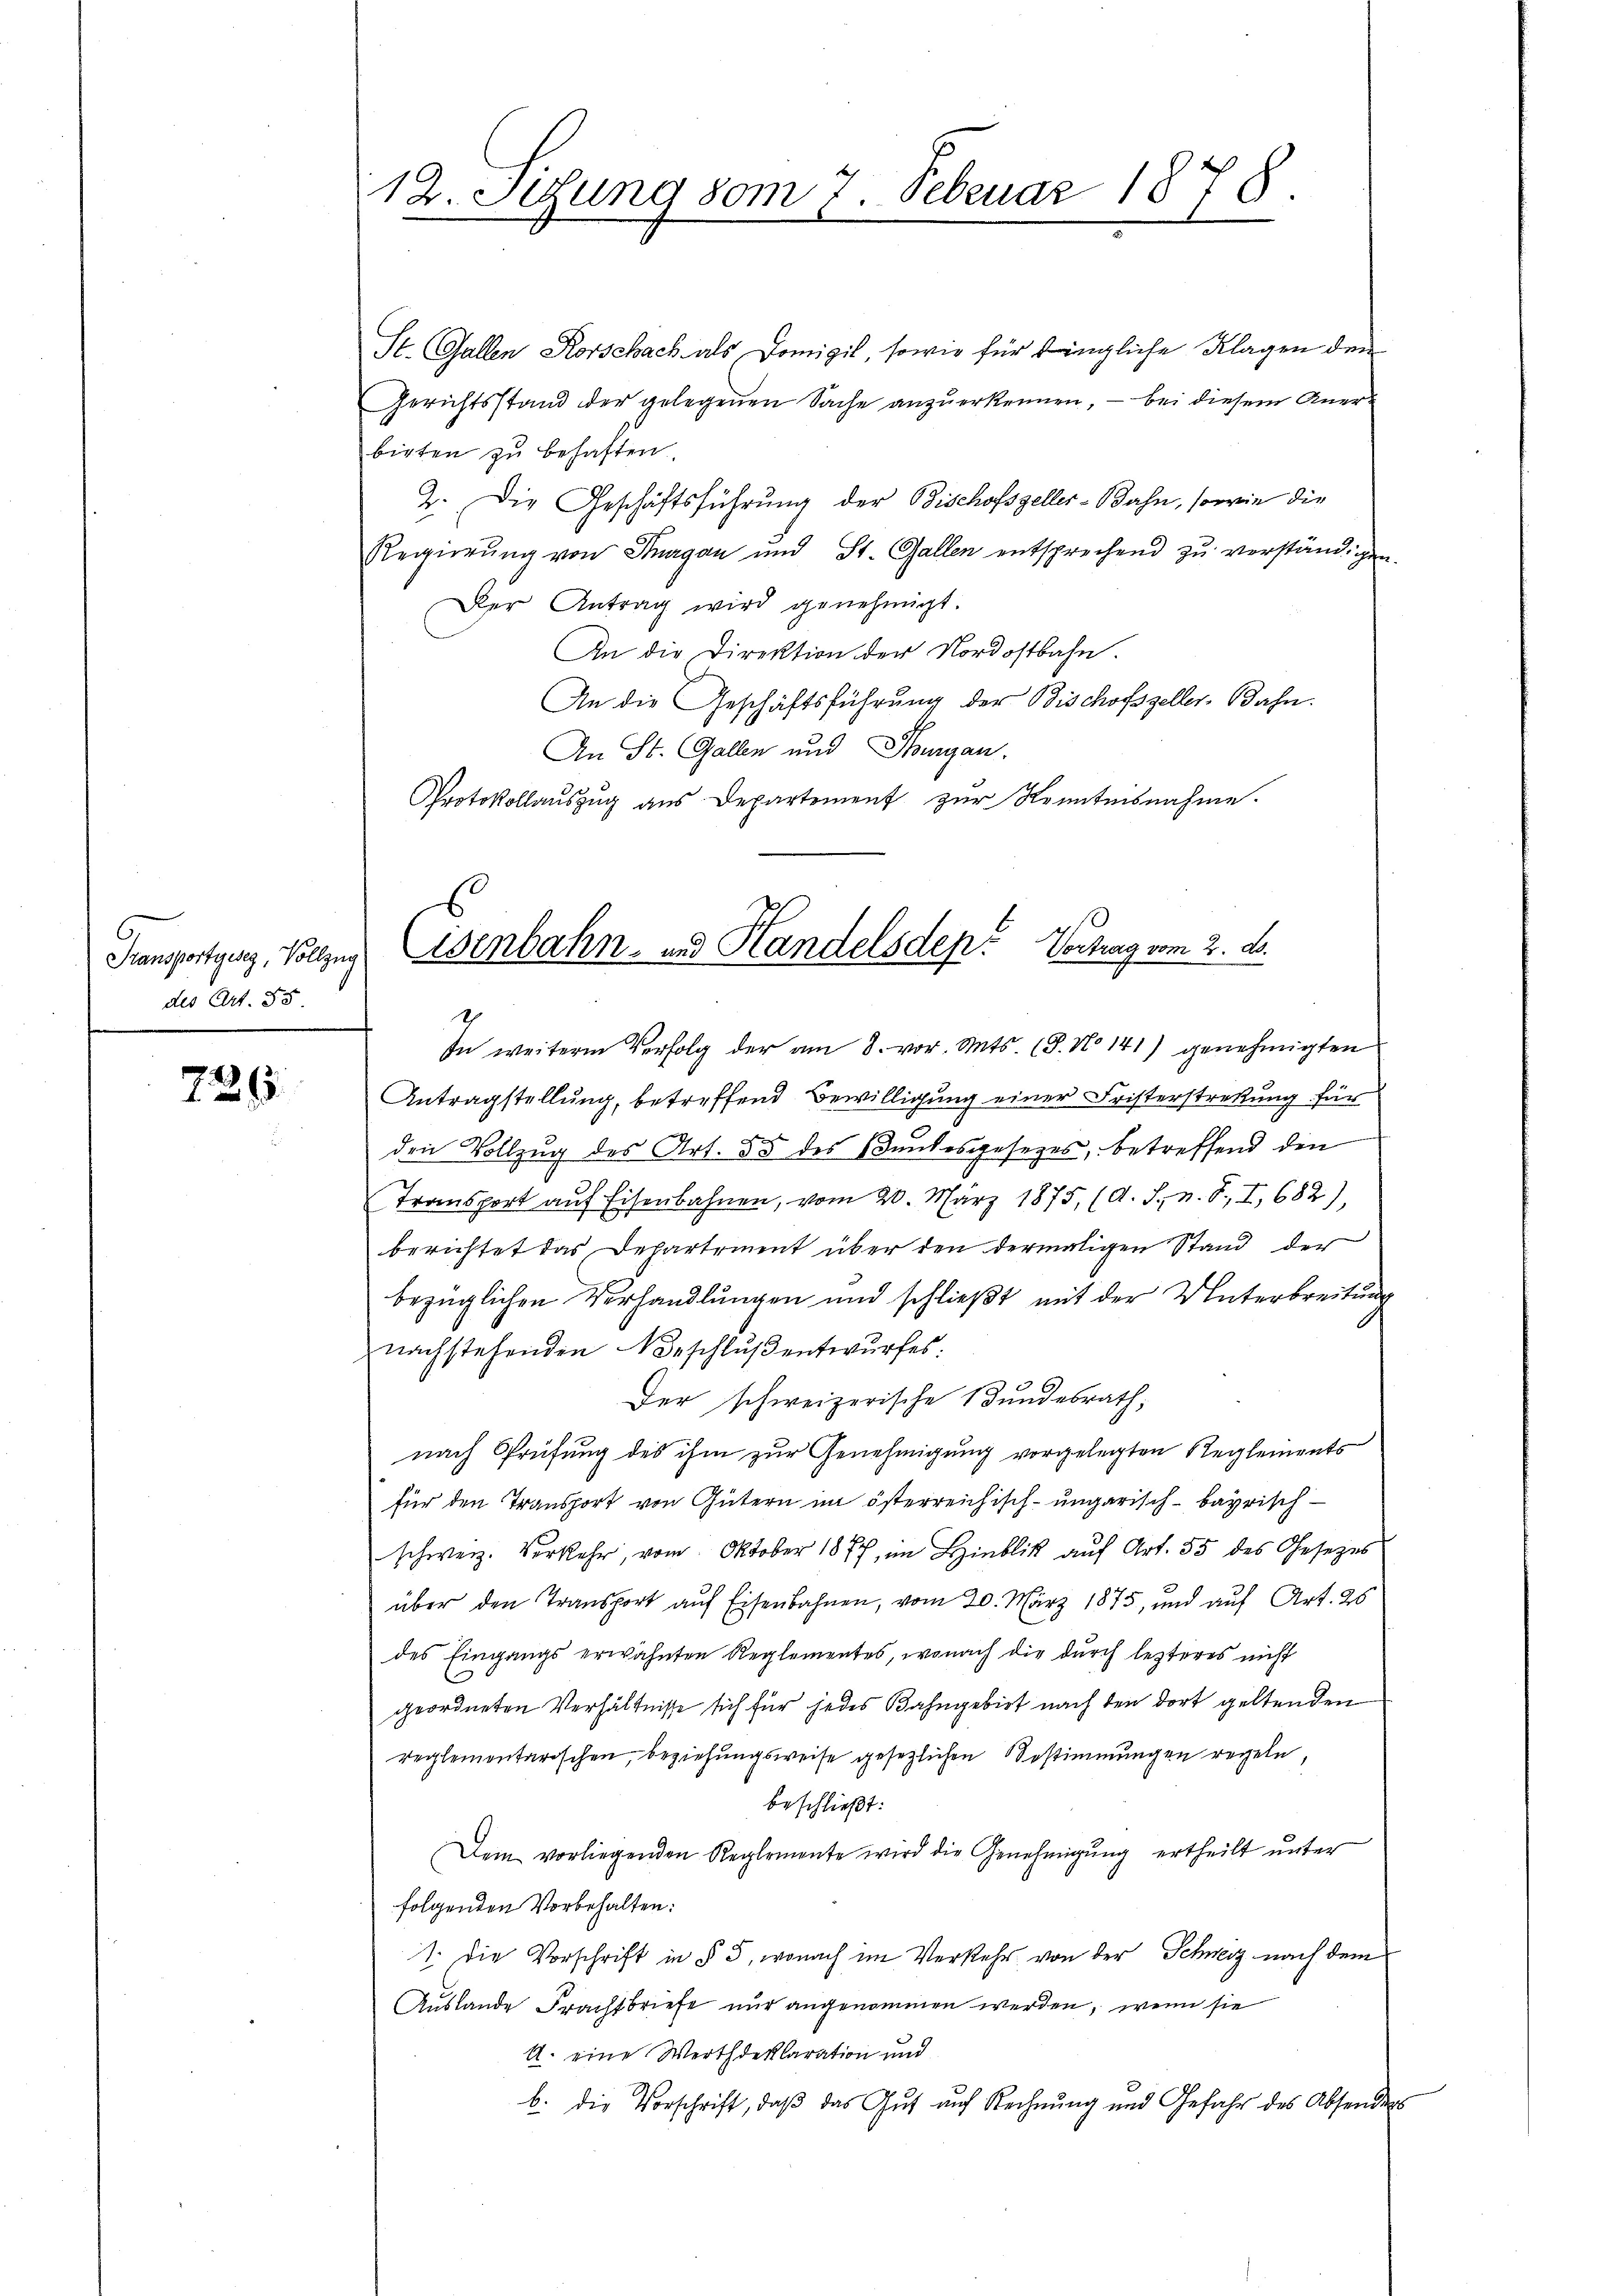
des Art. 55

729

12. Setzung vom 7. Februar 1878.

St. Gallen Korschach als Domizil, sowie für dingliche Klagen den
Gerichtsstand der gelegenen Sache anzuerkennen, – bei diesem Anerbirten zu behaften.
2. Die Geschäftsführung der Bischofszeller-Bahn, sowie die
Regierŭng von Thurgau und St. Gallen entsprechend zŭ verständigen.
Der Antrag wird genehmigt.
An die Direktion der Nordostbahn.
An die Geschäftsführung der Bischofszeller Bahn.
An St. Gallen und Thurgau,
Protokollauszug aus Departement zur Kenntnisnahme.

s
Transportgang, Vollzug Eisenbahn- und Handelsdep. Vortrag vom 2. d.

1
In weiterm Verfolg der am 8. vor. Mts. (S. No 141) genehmigten
Antragstellung, betreffend Bewilligung einer Fristerstreckung für
den Vollzug des Art. 55 des Bundesgesetzes, betreffend den
Transport aŭf Eisenbahnen, vom 20. März 1875, (A. J., n. F., I, 682),
berichtet das Departement über den dermaligen Stand der
bezüglichen Verhandlungen und schließt mit der Unterbreitung
nachstehenden Beschluß entwurfes.
Der schweizerische Bundesrath,
nach Prüfung des ihm zur Genehmigung vorgelegten Reglements
für den Transport von Gütern im österreichisch-ungarisch-bayrisch-
schweiz. Verkehr, vom Oktober 1877, im Lieblick auf Art. 55 des Gesezes
über den Transport auf Eisenbahnen, vom 20. März 1875, und auf Art. 26
des Eingangs erwähnten Reglementes, wonach die durch lezteres nicht
geordneten Verhältnisse sich für jedes Bahngebiet nach den dort geltenden
reglementarischen, beziehungsweise gesetzlichen Bestimmungen regeln,
beschließt:
Dem vorliegenden Reglemente wird die Genehmigung ertheilt unter
folgenden Vorbehalten:
1. die Vorschrift in § 5, wonach im Verkehr von der Schweiz nach dem
Auslande Frachtbriefe nur angenommen werden, wenn sie
A. eine Werthdeklaration und
b. die Vorschrift, daß das Gut auf Rechnung und Gefahr des Absenders